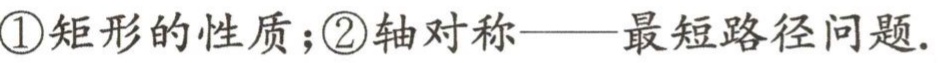
\textcircled{1}矩形的性质；\textcircled{2}轴对称——最短路径问题.